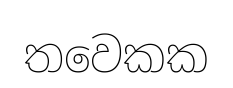
තවෙකක